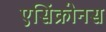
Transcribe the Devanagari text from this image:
एसिंक्रोनस